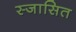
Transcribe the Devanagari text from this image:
स्जासित